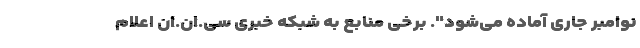
نوامبر جاری آماده می‌شود". برخی منابع به شبکه خبری سی.ان.ان اعلام